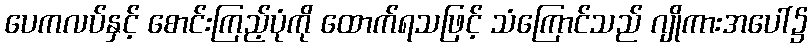
ပေကလပ်နှင့် စောင်းကြည့်ပုံကို ထောက်ရသဖြင့် သံကြောင်သည် ဂျိုကားအပေါ်၌